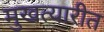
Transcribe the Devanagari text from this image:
मुखत्यारीत